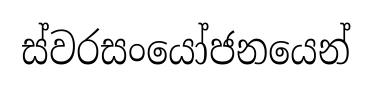
ස්වරසංයෝජනයෙන්